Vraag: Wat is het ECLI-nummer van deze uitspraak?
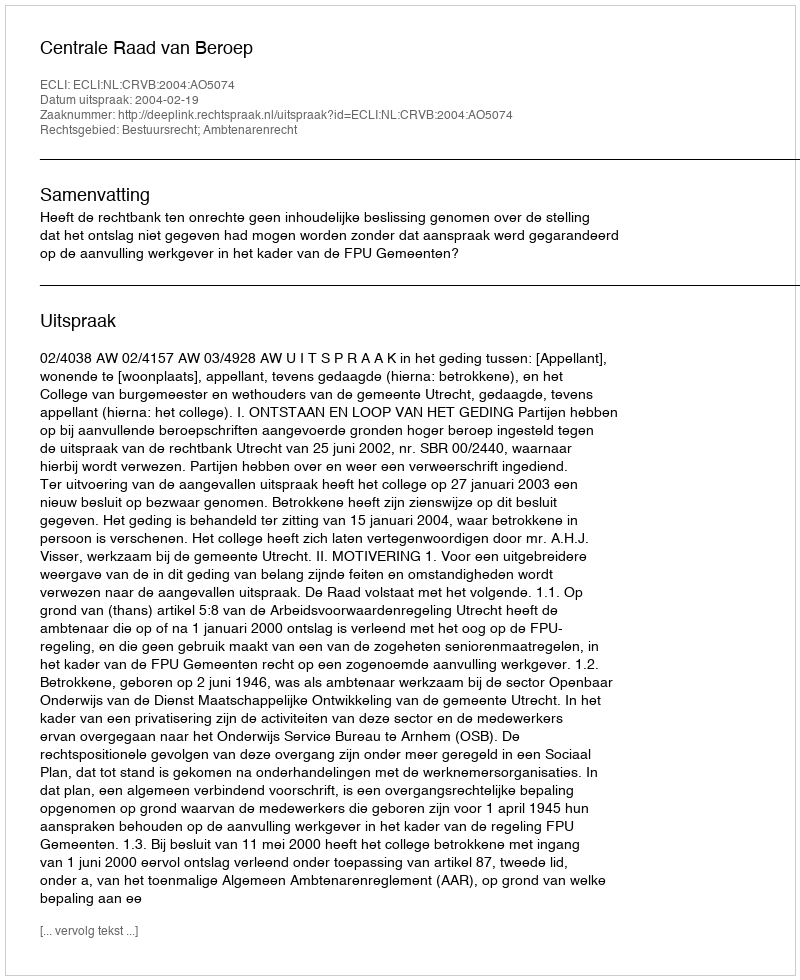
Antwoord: ECLI:NL:CRVB:2004:AO5074